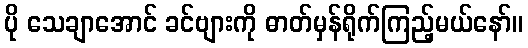
ပို သေချာအောင် ခင်ဗျားကို ဓာတ်မှန်ရိုက်ကြည့်မယ်နော်။